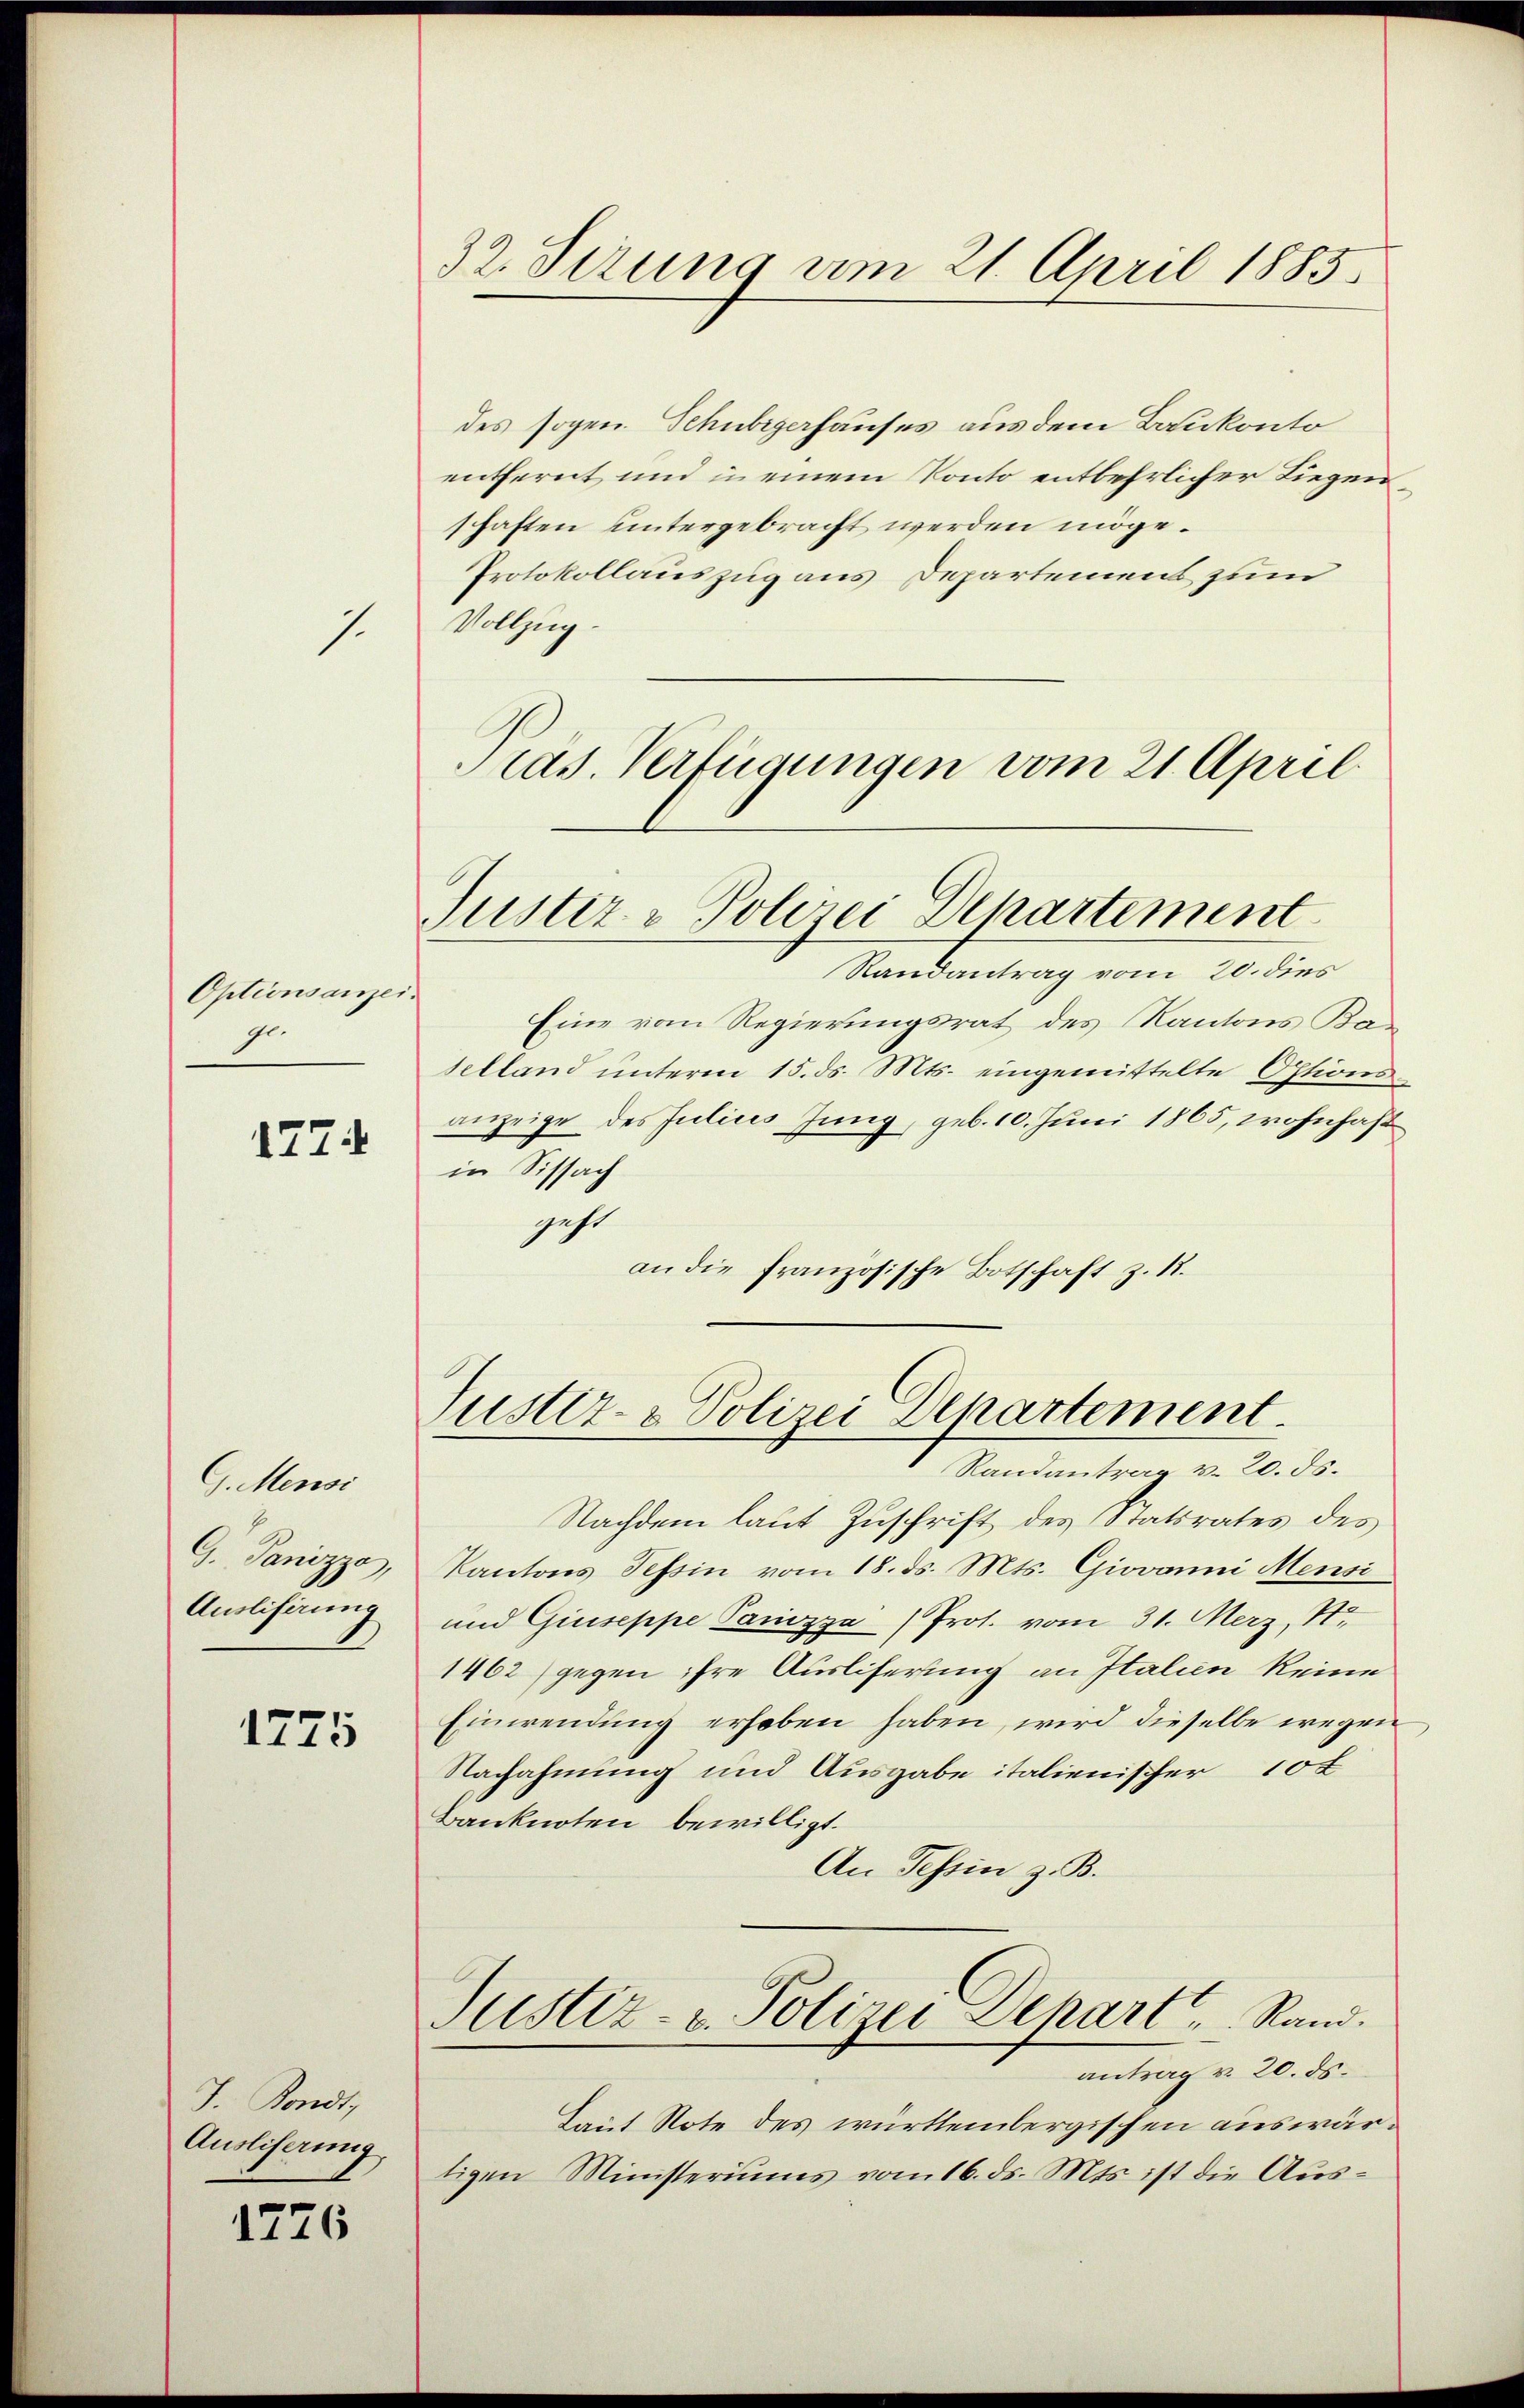
1.

Optionsanzei
ge.

1774

G. Mensi
G Panizzo,
Auslisirung

1775

J. Kondt,
Ausliserung.

1776

32. Serung am 21. April 1885.

Justiz - Polizei Departement

Tustiz- & Polizei Departement.
Randantrag v. 20. ds.

des sogen. Schubigerhauses aus dem Baukonto
entfernt und in einem Konto entbehrlicher Liegen
schaften untergebracht werden möge.
Protokollauszug aus Departement zum
Vollzug.
ras. Verfügungen vom 21. April

Randantrag vom 20. dies
Eine vom Regierungsrat des Kantons Kaselland unterm 15. ds. Mts. eingemittelte Options-
anzeige des Julius Jung, geb. 10. Juni 1865, wohnhaft
in Sissach
geht
an die französische Botschaft z. 18.

Nachdem laut Zuschrift des tatsrates des
Kantons Tessin vom 18. ds. Mts. Giovanni Mensi
und Giuseppe Panizza (Prot. vom 31. Merz, 187
1462) gegen ihre Ausliferung an Italien keine
Einwendung erhoben haben, wird dieselbe wegen
Nachahmung und Ausgabe italienischer 10 t
Banknoten bewilligt.
An Tessin z. B.
Justiz- u. Polizei Depart Rand.
antrag v. 20. ds.
Laut Note des württembergischen auswärligen Ministeriums vom 16. ds. Mts. ist die Aus¬